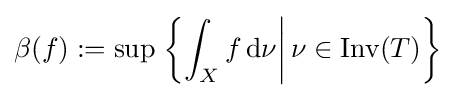
\beta (f):=\sup \left.\left\{\int _{X}f\,\mathrm {d} \nu \right|\nu \in \mathrm {Inv} (T)\right\}